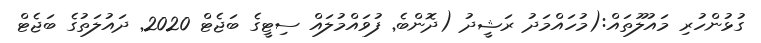
ގުޅުންހުރި މައުލޫތައް:(މުހައްމަދު ރަޝީދު (ދޮންބެ